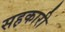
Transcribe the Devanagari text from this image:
सह़कारी